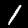
Label: 1